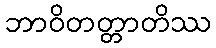
ဘာဝိတတ္တာတိဿ